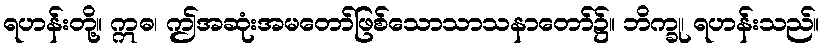
ရဟန်းတို့။ ဣဓ၊ ဤအဆုံးအမတော်ဖြစ်သောသာသနာတော်၌။ ဘိက္ခု၊ ရဟန်းသည်။